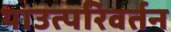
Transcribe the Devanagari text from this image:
याउत्परिवर्तन